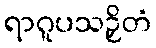
ရာဂူပသဉှိတံ